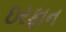
ઇરફાન